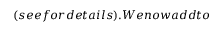
( s e e f o r d e t a i l s ) . W e n o w a d d t o